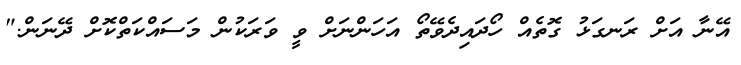
އޭނާ އަށް ރަނގަޅު ގޮތެއް ހޯދައިދެވޭތޯ އަހަންނަށް ވީ ވަރަކުން މަސައްކަތްކޮށް ދޭނަން."